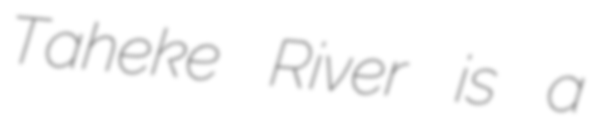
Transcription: Taheke River is a